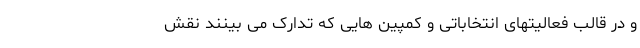
و در قالب فعالیتهای انتخاباتی و کمپین هایی که تدارک می بینند نقش